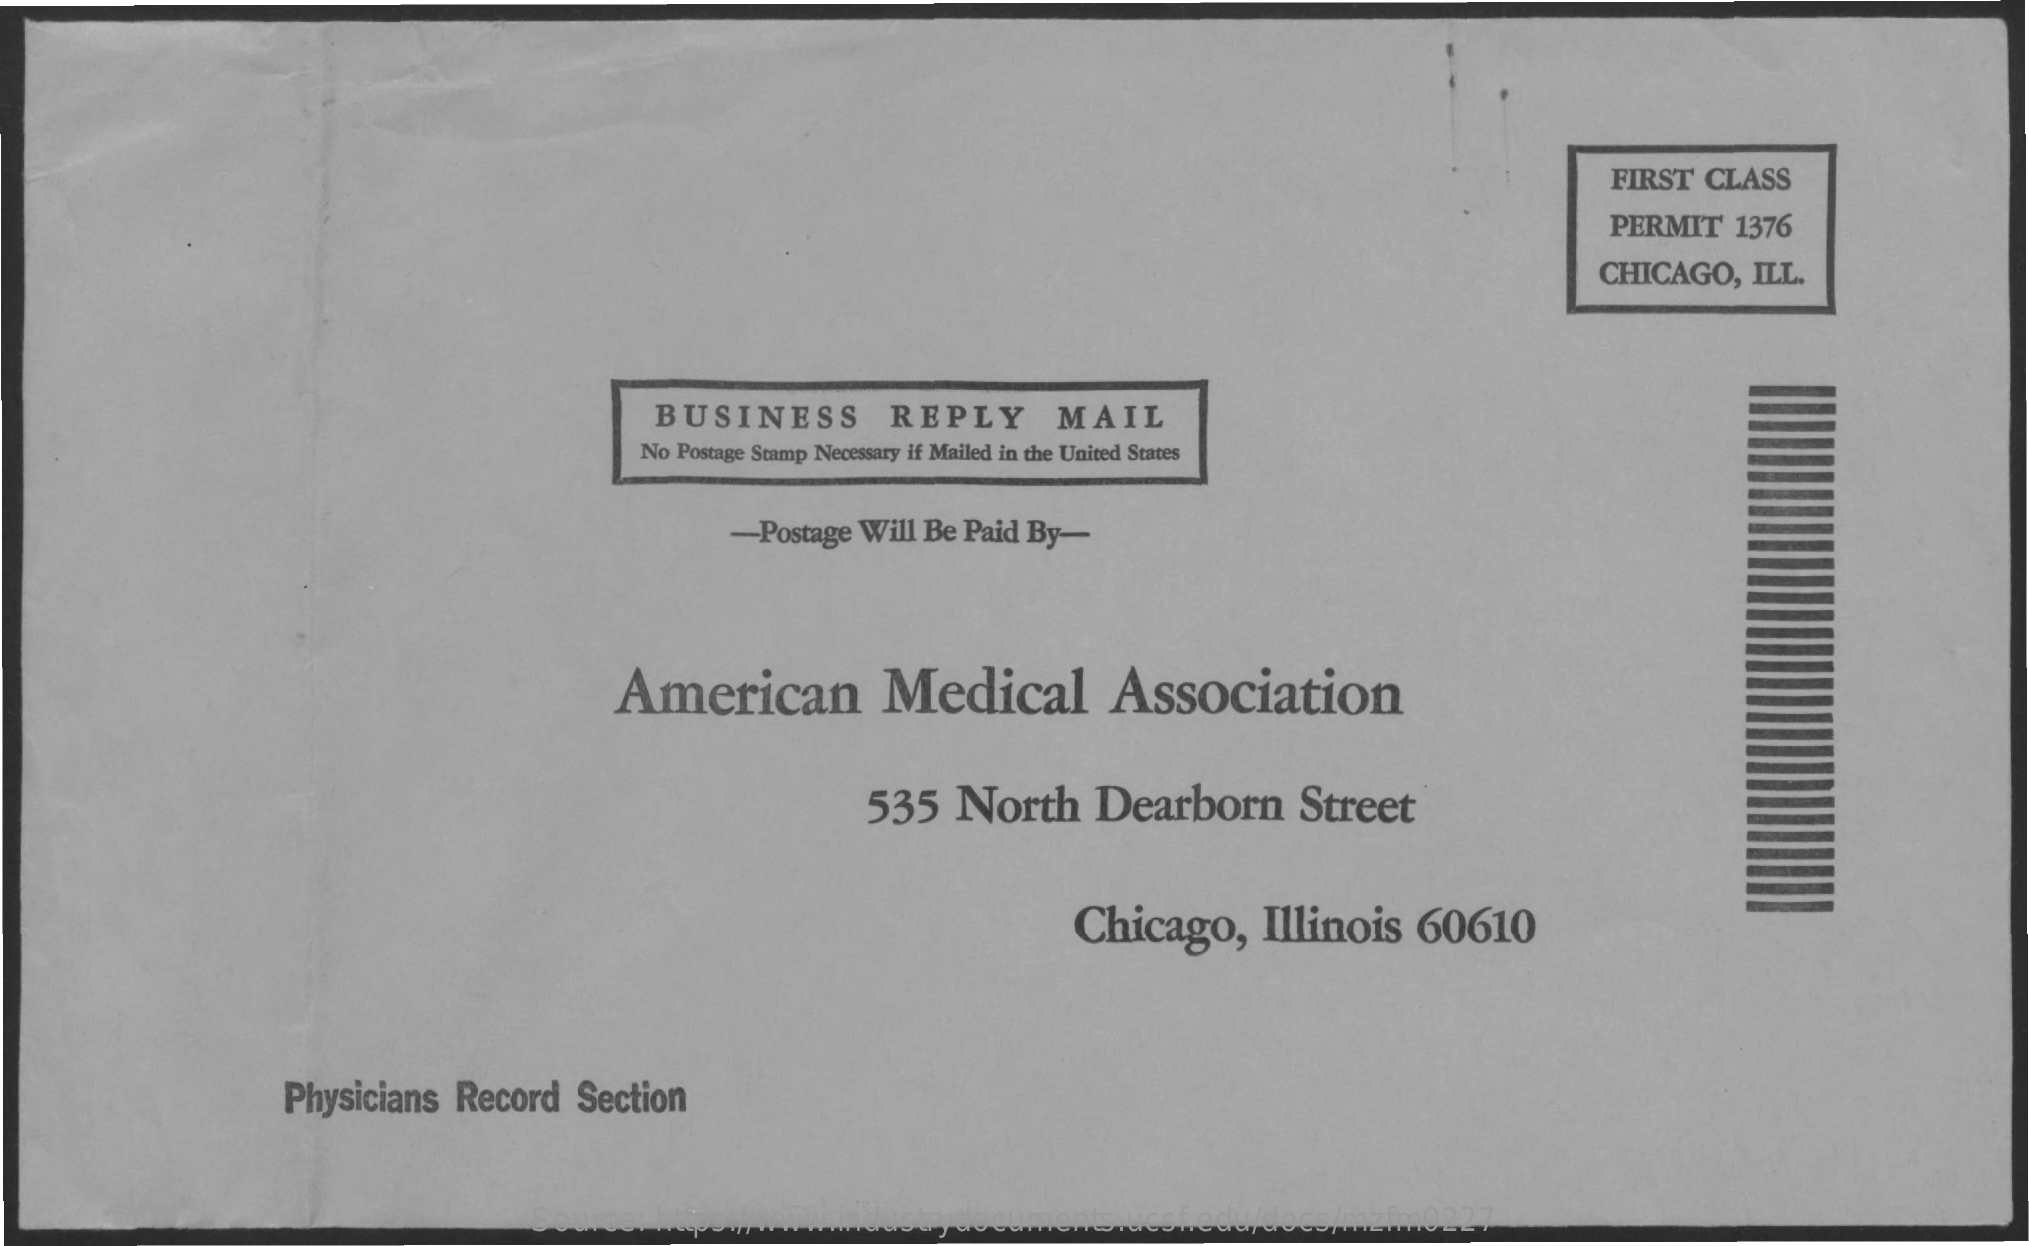
FIRST CLASS
     PERMIT 1376
     CHICAGO, ILL.
     BUSINESS    REPLY    MAIL
     No Postage Stamp Necessary if Mailed in the United States
     -Postage Will Be Paid By-
     American    Medical    Association
     535   North   Dearborn    Street
     Chicago,   Illinois  60610
     Physicians Record Section
     Source: https://www.industrydocuments.ucsf.edu/docs/mzfm0227